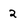
Character: 2